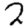
Digit: 2